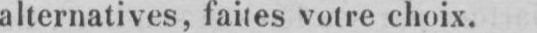
alternatives, faites votre choix.